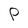
Character: P